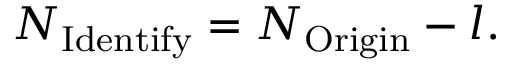
N _ { \mathrm { I d e n t i f y } } = N _ { \mathrm { O r i g i n } } - l .